Scottish Leaving Certificate Examination, 1957
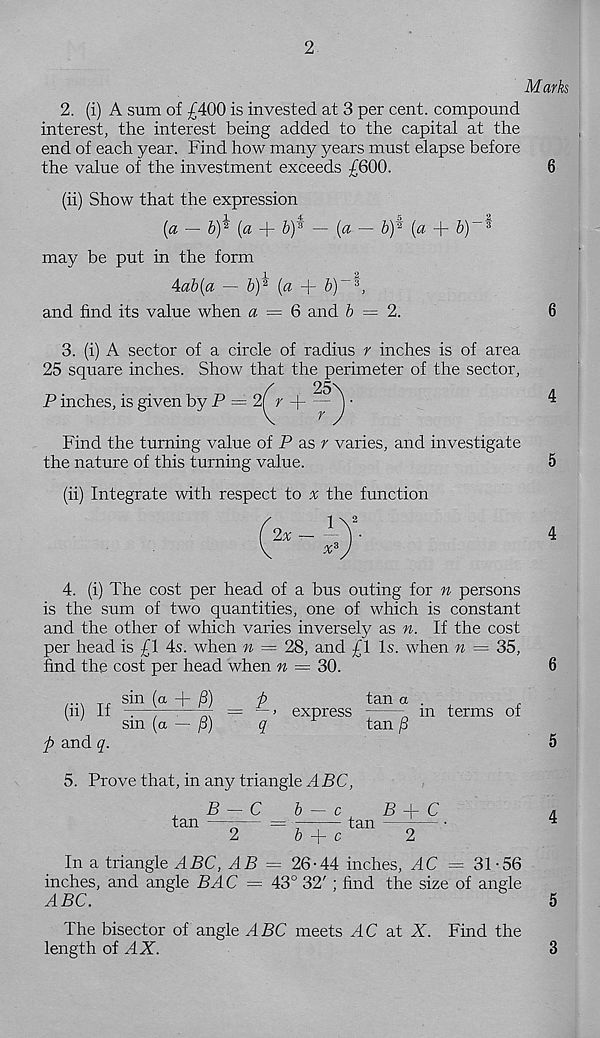
2
Mark
2. (i) A sum of £400 is invested at 3 per cent, compound
interest, the interest being added to the capital at the
end of each year. Find how many years must elapse before
the value of the investment exceeds £600.
6
(ii) Show that the expression
(a — b)* (a + 6) ¥ — (a ~ V)* [a +
may be put in the form
Aab(a — by (a + 5)~3,
and find its value when a = 6 and 6 = 2.
6
3. (i) A sector of a circle of radius r inches is of area
25 square inches. Show that the perimeter of the sector,
/
25
P inches, is given by P = 2 r + —
V
^
Find the turning value of P as r varies, and investigate
the nature of this turning value.
(ii) Integrate with respect to % the function
4
5
4
4. (i) The cost per head of a bus outing for n persons
is the sum of two quantities, one of which is constant
and the other of which varies inversely as n. If the cost
per head is £1 4s. when n = 28, and £1 Is. when n = 35,
find the cost per head when n — 30.
(ii) If
p and q.
sin (a + /3)
sin (a — j8)
p
tan a .
r
— > express
„ m terms of
q
y
temp
6
5
5. Prove that, in any triangle A PC,
x
P-C
b-c
P+C
2
6 -j- c
2
In a triangle ABC, AB = 26-44 inches, AC = 31-56
inches, and angle PAC = 43° 32' ; find the size of angle
A PC.
The bisector of angle A PC meets AC at A. Find the
length of AX.
4
5
3